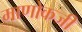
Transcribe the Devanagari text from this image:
माणोकजी